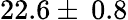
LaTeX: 22.6\pm\: 0.8